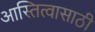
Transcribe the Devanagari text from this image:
आस्तित्वासाठी